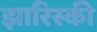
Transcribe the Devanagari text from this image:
झारिस्की